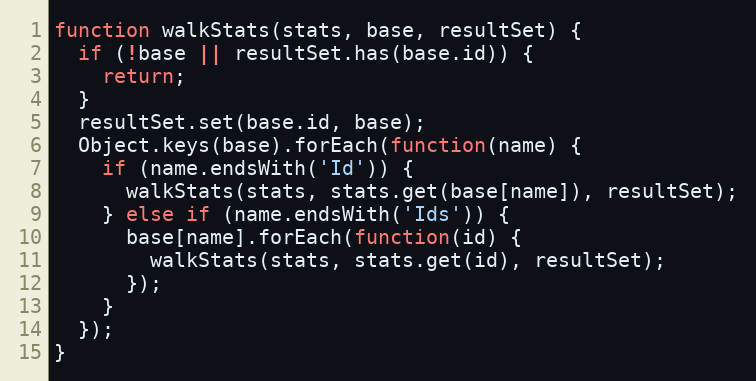
Language: JavaScript
function walkStats(stats, base, resultSet) {
  if (!base || resultSet.has(base.id)) {
    return;
  }
  resultSet.set(base.id, base);
  Object.keys(base).forEach(function(name) {
    if (name.endsWith('Id')) {
      walkStats(stats, stats.get(base[name]), resultSet);
    } else if (name.endsWith('Ids')) {
      base[name].forEach(function(id) {
        walkStats(stats, stats.get(id), resultSet);
      });
    }
  });
}